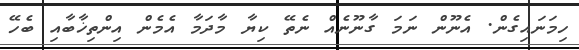
ހިމަނައިގެން. އެނޫން ނަމަ ގާނޫނެއް ނެތޭ ކިޔާ މާދަމާ އެމެން އިންތިޚާބާއި ބެހޭ